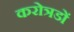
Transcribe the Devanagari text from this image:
करोत्रडों